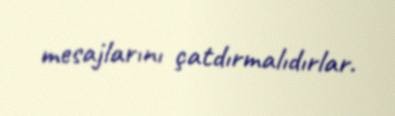
mesajlarını çatdırmalıdırlar.